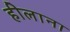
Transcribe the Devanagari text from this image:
हीलाना